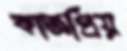
কাজপ্রিয়